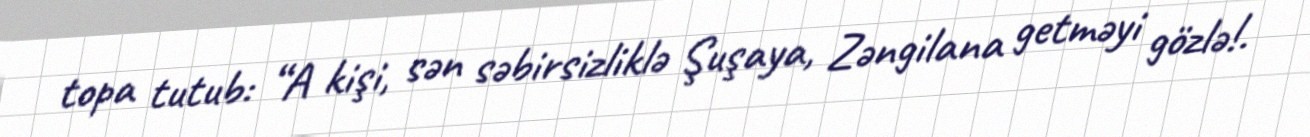
topa tutub: “A kişi, sən səbirsizliklə Şuşaya, Zəngilana getməyi gözlə!.